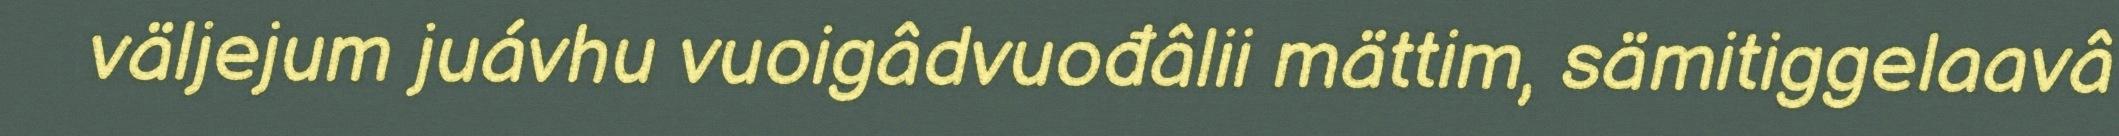
väljejum juávhu vuoigâdvuođâlii mättim, sämitiggelaavâ